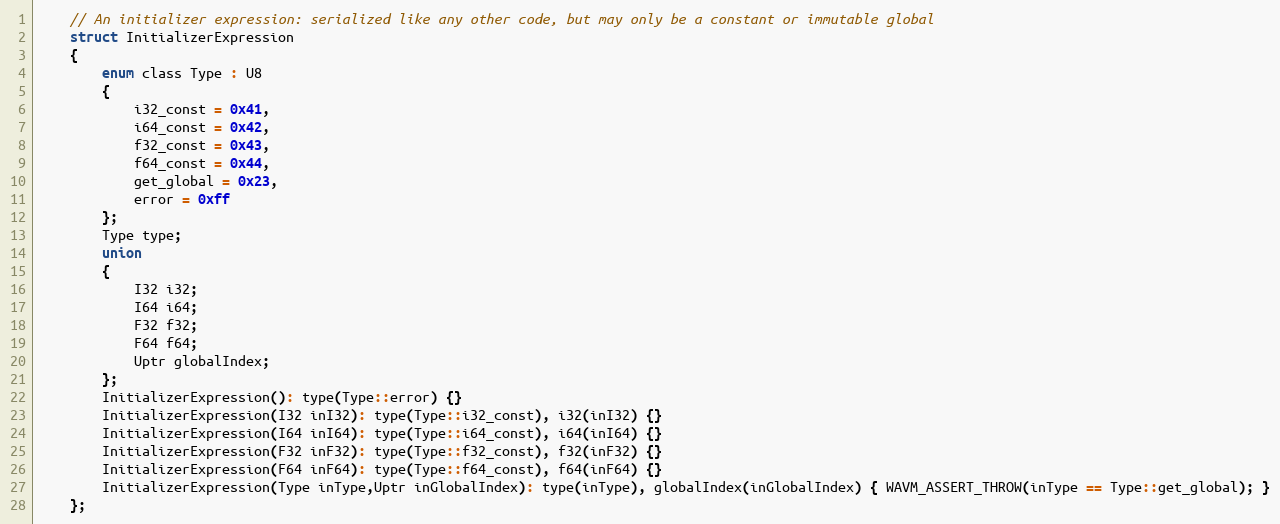
Language: C
	// An initializer expression: serialized like any other code, but may only be a constant or immutable global
	struct InitializerExpression
	{
		enum class Type : U8
		{
			i32_const = 0x41,
			i64_const = 0x42,
			f32_const = 0x43,
			f64_const = 0x44,
			get_global = 0x23,
			error = 0xff
		};
		Type type;
		union
		{
			I32 i32;
			I64 i64;
			F32 f32;
			F64 f64;
			Uptr globalIndex;
		};
		InitializerExpression(): type(Type::error) {}
		InitializerExpression(I32 inI32): type(Type::i32_const), i32(inI32) {}
		InitializerExpression(I64 inI64): type(Type::i64_const), i64(inI64) {}
		InitializerExpression(F32 inF32): type(Type::f32_const), f32(inF32) {}
		InitializerExpression(F64 inF64): type(Type::f64_const), f64(inF64) {}
		InitializerExpression(Type inType,Uptr inGlobalIndex): type(inType), globalIndex(inGlobalIndex) { WAVM_ASSERT_THROW(inType == Type::get_global); }
	};